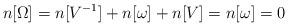
LaTeX: \begin{align*}n[\Omega] = n[V^{-1}] + n[\omega] + n[V] = n[\omega] = 0 \end{align*}